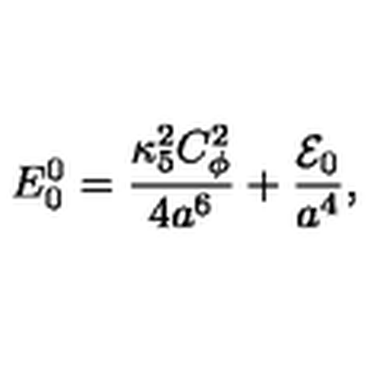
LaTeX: E _ { 0 } ^ { 0 } = { \frac { \kappa _ { 5 } ^ { 2 } C _ { \phi } ^ { 2 } } { 4 a ^ { 6 } } } + { \frac { { \cal E } _ { 0 } } { a ^ { 4 } } } ,